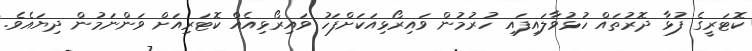
ކޮޓަރީގެ ފުޅާ ދޮރުތައް ހުޅުވާލައިފައި ހުރުމުން ވައިރޯޅިއަކަށްފަހު ވައިރޯޅިއެއް ކޮޓަރިއަށް ވަންނަމުން ދިޔައެވެ.